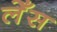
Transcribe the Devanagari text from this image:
लेँस